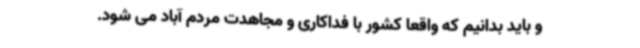
و باید بدانیم که واقعا کشور با فداکاری و مجاهدت مردم آباد می شود.